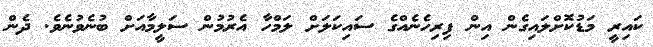
ކައިރީ މަޑުކޮށްލައިގެން އިން ފިރިހެނެއްގެ ސައިކަލަށް ލަމްހާ އެރުމުން ސަލީމާއަށް ބުނެވުނެވެ. ދެން